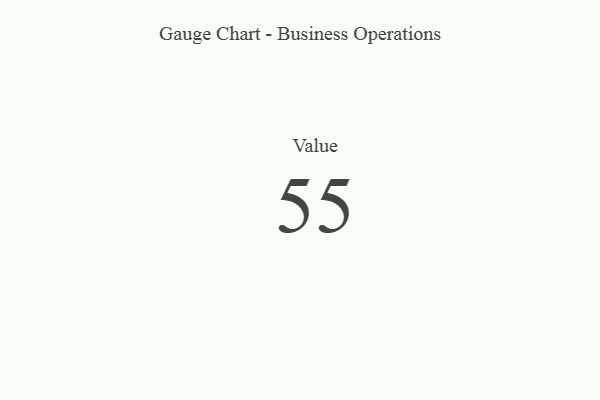
{"axis": {"x": "Metric", "y": "Value"}, "legend": [""], "data": [{"x": "Value", "y": 55, "type": ""}]}